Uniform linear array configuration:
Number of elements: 32
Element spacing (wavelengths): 0.25
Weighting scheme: hann
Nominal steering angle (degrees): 0
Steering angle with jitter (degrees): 0.9271
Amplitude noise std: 0.05
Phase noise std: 0.05

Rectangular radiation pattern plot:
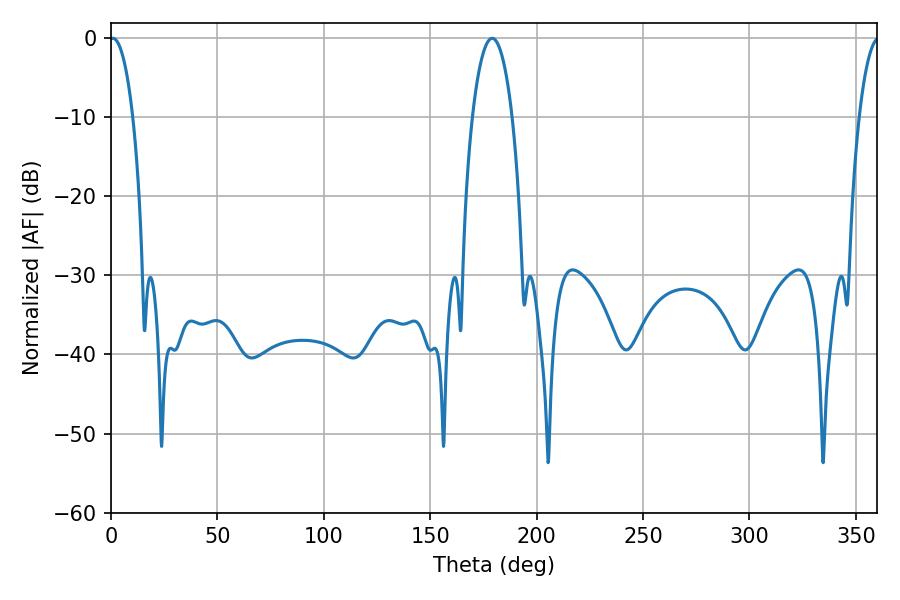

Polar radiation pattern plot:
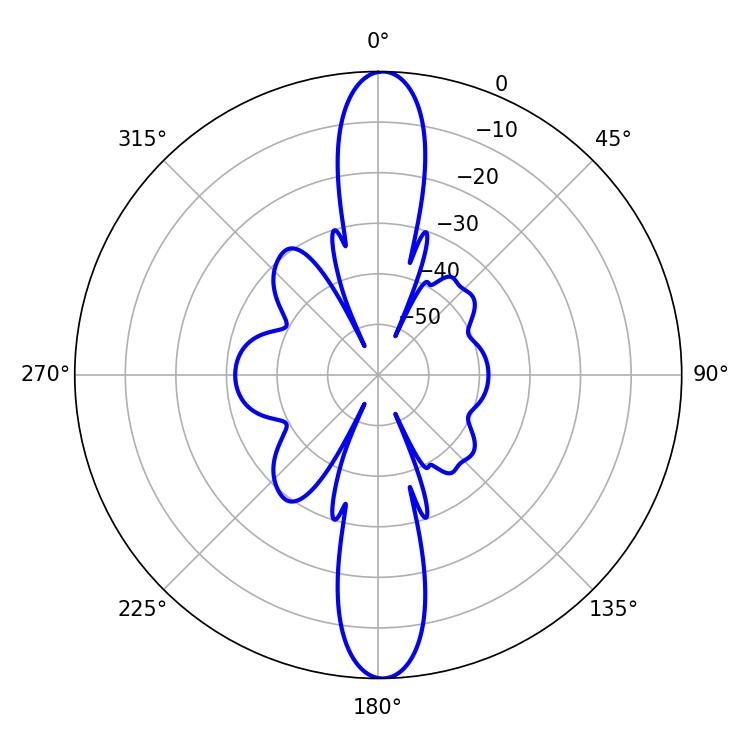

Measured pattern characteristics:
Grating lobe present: FALSE
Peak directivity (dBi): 25.72
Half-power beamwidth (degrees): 6.12
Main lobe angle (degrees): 0.9